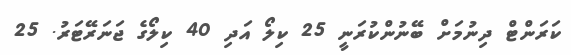
ކަރަންޓް ދިނުމަށް ބޭނުންކުރަނީ 25 ކިލޯ އަދި 40 ކިލޯގެ ޖަނަރޭޓަރު. 25